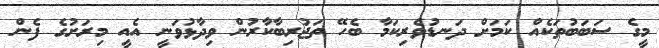
މީގެ ސަބަބުތަކެއް ކަމަށް ދަނޑުވެރިކަމާ ބެހޭ ތަޖުރިބާކާރުން ވިދާޅުވަނީ އެއީ މިރަށުގެ ފެން